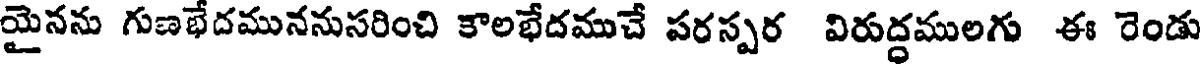
యైనను గుణభేదముననుసరించి కాలభేదముచే పరస్పర విరుద్ధములగు ఈ రెండు